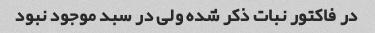
در فاکتور نبات ذکر شده ولی در سبد موجود نبود